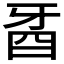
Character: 𤘉